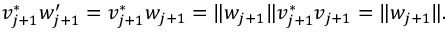
v _ { j + 1 } ^ { * } w _ { j + 1 } ^ { \prime } = v _ { j + 1 } ^ { * } w _ { j + 1 } = \| w _ { j + 1 } \| v _ { j + 1 } ^ { * } v _ { j + 1 } = \| w _ { j + 1 } \| .